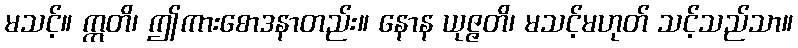
မသင့်။ ဣတိ၊ ဤကားစောဒနာတည်း။ နောန ယုဇ္ဇတိ၊ မသင့်မဟုတ် သင့်သည်သာ။